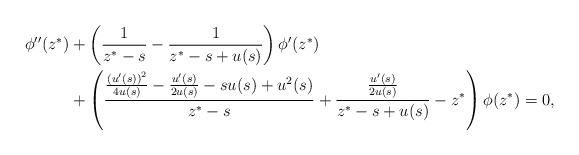
LaTeX: \begin{align*}\begin{aligned}\phi''(z^*)&+\left(\frac{1}{z^*-s}-\frac{1}{z^*-s+u(s)}\right)\phi'(z^*)\\&+\left(\frac{\frac{\left(u'(s)\right)^2}{4u(s)}-\frac{u'(s)}{2u(s)}-su(s)+u^2(s)}{z^*-s}+\frac{\frac{u'(s)}{2u(s)}}{z^*-s+u(s)}-z^*\right)\phi(z^*)=0,\end{aligned}\end{align*}